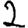
Digit: 2